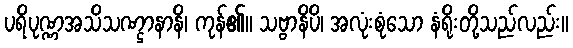
ပရိပုဏ္ဏအသိသဏ္ဌာနာနိ၊ ကုန်၏။ သဗ္ဗာနိပိ၊ အလုံးစုံသော နံရိုးတို့သည်လည်း။